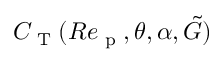
C _ { \textup { T } } ( R e _ { \textup { p } } , \theta , \alpha , \tilde { G } )